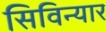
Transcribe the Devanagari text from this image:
सिविन्यार